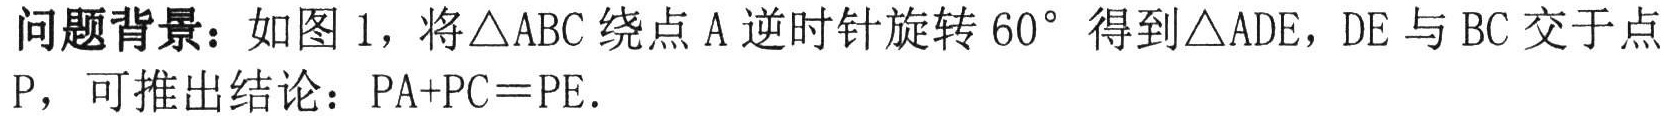
问题背景：如图 1，将\(\triangle ABC\)绕点\(A\)逆时针旋转\(60^{\circ}\)得到\(\triangle ADE\)，\(DE\)与\(BC\)交于点\(P\)，可推出结论：\(PA + PC = PE\).